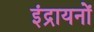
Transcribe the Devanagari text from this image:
इंद्रायनों